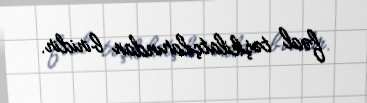
fəal təşkilatçılarından biridir.